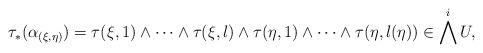
LaTeX: \begin{align*} \tau_*(\alpha_{(\xi,\eta)})= \tau(\xi,1)\wedge\cdots\wedge \tau(\xi,l)\wedge \tau(\eta,1)\wedge\cdots\wedge \tau(\eta,l(\eta))\in \bigwedge^i U, \end{align*}